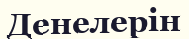
Денелерін